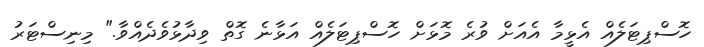
ހޮސްޕިޓަލެއް އެޅީމާ އެއަށް ވުރެ މޮޅަށް ހޮސްޕިޓަލެއް އަޅާނެ ގޮތް ވިދާޅުވެދެއްވާ." މިނިސްޓަރު